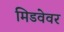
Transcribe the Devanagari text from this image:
मिडवेवर